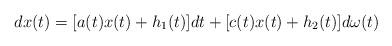
LaTeX: \begin{align*}dx(t) = [a(t)x(t)+h_1(t)]dt + [c(t)x(t)+h_2(t)]d\omega(t)\end{align*}